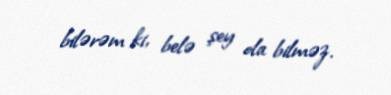
bilərəm ki, belə şey ola bilməz.